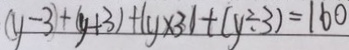
( y - 3 ) + ( y + 3 ) + ( y \times 3 ) + ( y \div 3 ) = 1 6 0